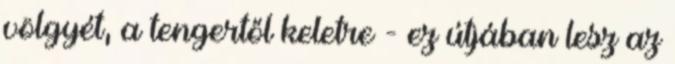
völgyét, a tengertől keletre - ez útjában lesz az